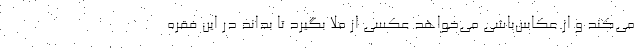
می‌کند و از عکاس‌باشی می‌خواهد عکسی از ملا بگیرد تا بداند در این فقره